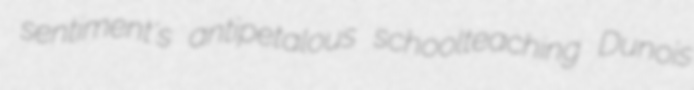
sentiment's antipetalous schoolteaching Dunois